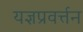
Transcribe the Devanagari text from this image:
यज्ञप्रवर्त्तन